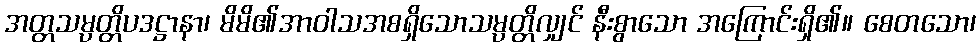
အတ္တသမ္ပတ္တိပဒဋ္ဌာနာ၊ မိမိ၏အာဝါသအစရှိသောသမ္ပတ္တိလျှင် နီးစွာသော အကြောင်းရှိ၏။ စေတသော၊